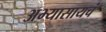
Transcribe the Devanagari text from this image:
अभ्यासायचं